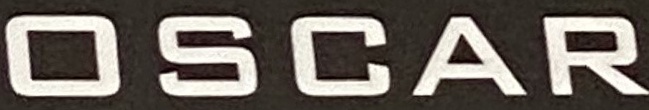
OSCAR